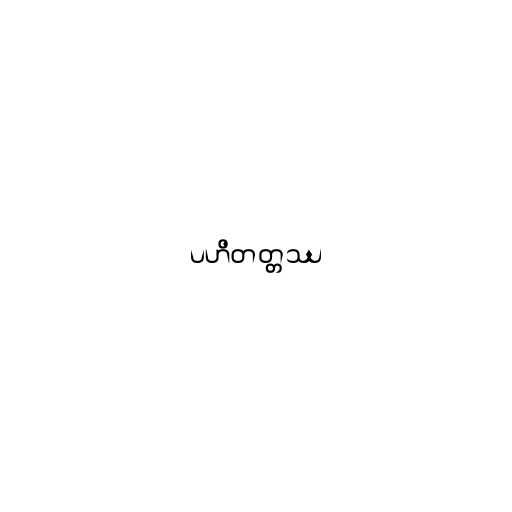
ပဟိတတ္တဿ